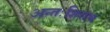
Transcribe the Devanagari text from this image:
अन्तःशिराभ